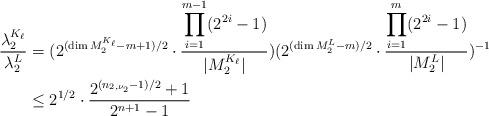
LaTeX: \begin{align*} \frac{\lambda_2^{K_{\ell}}}{\lambda_2^L}&=(2^{(\dim M_2^{K_{\ell}}-m+1)/2}\cdot\frac{\displaystyle{\prod_{i=1}^{m-1}}(2^{2i}-1)}{|M_2^{K_{\ell}}|})(2^{(\dim M_2^L-m)/2}\cdot\frac{\displaystyle{\prod_{i=1}^{m}}(2^{2i}-1)}{|M_2^L|})^{-1}\\ &\leq 2^{1/2}\cdot \frac{2^{(n_{2,\nu_2}-1)/2}+1}{2^{n+1}-1}\end{align*}